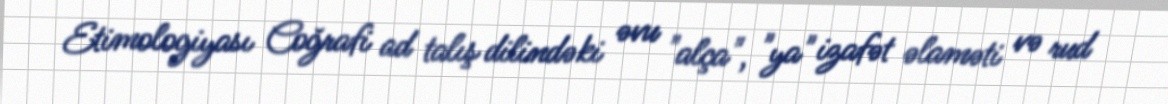
Etimologiyası Coğrafi ad talış dilindəki əvu "alça", "ya" izafət əlaməti və rud